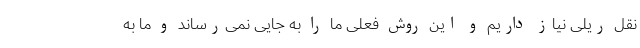
نقل ریلی نیاز داریم و این روش فعلی ما را به جایی نمی‌رساند و ما به